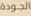
الجودة